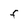
Character: F